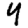
Digit: 4